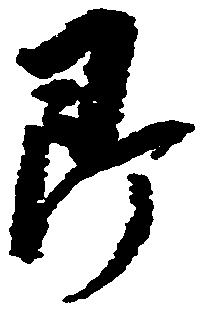
即